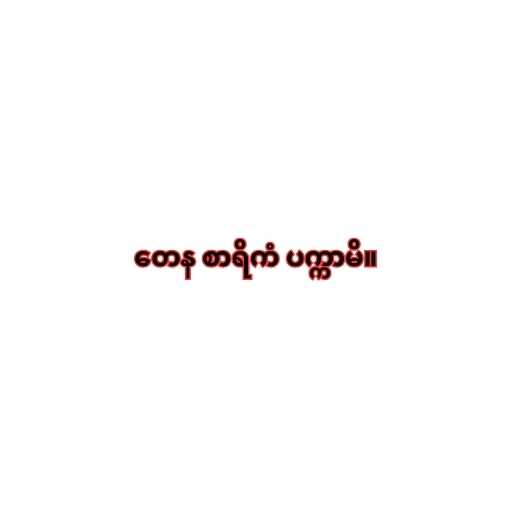
တေန စာရိကံ ပက္ကာမိ။